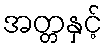
အတ္တနှင့်